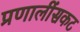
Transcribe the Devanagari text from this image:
प्रणालींसकट